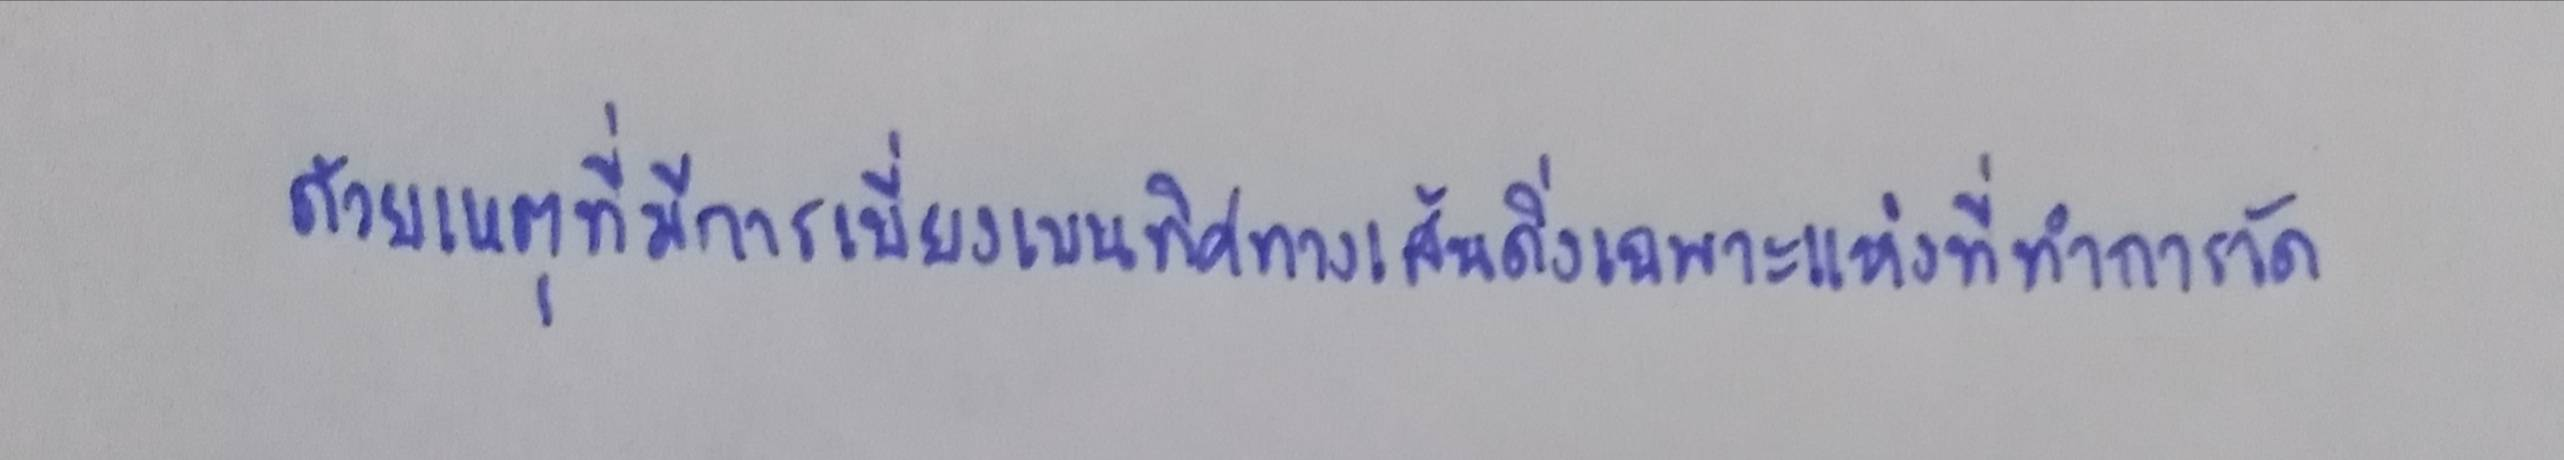
ด้วยเหตุที่มีการเบี่ยงเบนทิศทางเส้นดิ่งเฉพาะแห่งที่ทำการวัด